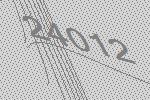
24012